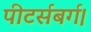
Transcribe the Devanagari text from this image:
पीटर्सबर्ग।